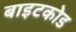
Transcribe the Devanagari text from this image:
बाइटकोड